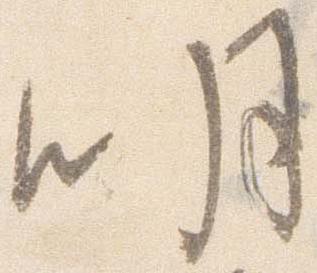
明